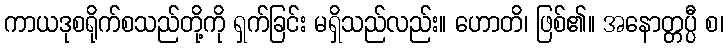
ကာယဒုစရိုက်စသည်တို့ကို ရှက်ခြင်း မရှိသည်လည်း။ ဟောတိ၊ ဖြစ်၏။ အနောတ္တပ္ပီ စ၊